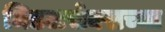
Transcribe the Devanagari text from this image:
मिडलसेक्सच्या